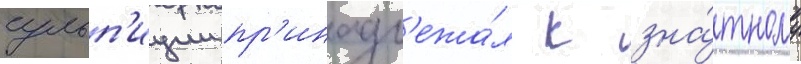
сульп'иции пр'инадл'ежа́л к зна́тному